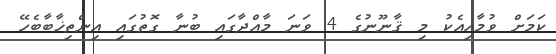
ކަމަށް ވުމާއިއެކު މި ޤާނޫނުގެ 4 ވަނަ މާއްދާގައި ބުނާ ގޮތުގައި އިންތިޚާބާބެހޭ